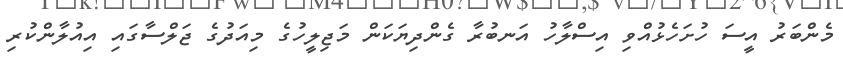
މެންބަރު އީސަ ހުށަހެޅުއްވި އިސްލާހު އަނބުރާ ގެންދިޔަކަން މަޖިލީހުގެ މިއަދުގެ ޖަލްސާގައި އިއުލާންކުރި